Annual report on the health of the army in India
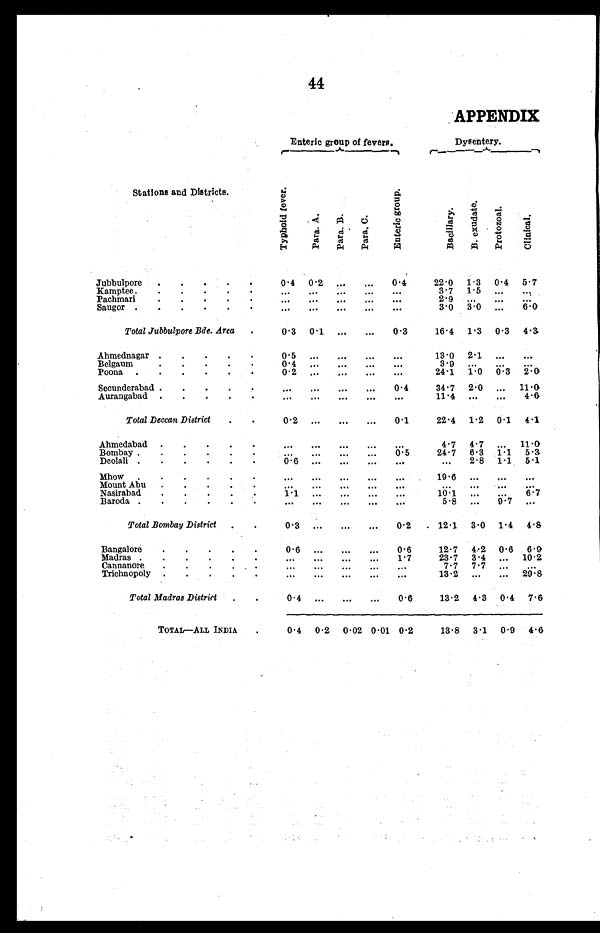
44
APPENDIX
Enteric group of fevers.
Dysentery.
Stations and Districts.
T y p h o i d f e v e r
Par a. A. Par a. B. P a r a . C.
E n t e r i c g r o u p .
Ba c i l l a r y .
B . e x u d a t e .
P r o t o z o a l .
Cl i n i c a l .
Jubbulpore . . . . .
0.4 0.2 ... ...
0.4
22.0 1.3 0.4 5.7
Kamptee.
. . . . .
... ... ... ...
...
3.7 1.5 ... ...
Pachmari
. . . . .
... ... ... ... ...
2 . 9
... ... ...
Saugor . . . . . .
... ... ... ... ...
3.0 3.0 ... 6.0
Total Jubbulpore Bde. Area .
0.3 0.1 ... ... 0.3
16.4 1.3 0.3 4.3
Ahmednagar . . . . .
0.5 ... ... ... ...
13.0 2.1 ... ...
Belgaum
0 . 4
... ...
...
...
3.9 ... ... ...
Poona . . . . .
0 . 2
... ...
...
...
24.1 1.0 0.3 2.0
Secunderabad . . .
... ... ... ...
0.4
34.7 2.0 ... 11.0
Aurangabad . . .
... ... ... ... ...
1 1 . 4 ... ...
4 . 6
Total Deccan District
. .
0.2 ... ... ...
0.1
22.4 1.2 0.1 4.1
Ahmedabad . . . .
... ... ... ... ...
4.7 4.7 ... 11.0
Bombay . . . . .
...
... ...
...
0 . 5 24.7 6.3 1.1 5.3
Deolali . . . . . .
0 . 6
... ...
...
...
...
2.8 1.1 5.1
Mhow. . . . .
...
... ... ... ...
1 9 6
... ... ...
Mount Abu . . . . .
...
... ...
...
... ...
... ... ...
Nasirabad
. . . .
1 . 1 ... ...
...
...
10.1 ... ...
6.7
Baroda . . . . .
... ... ... ... ...
5 . 8 ... 9.7 ...
Total Bombay District
. .
0.3 ... ... ... 0.2
12.1 3.0 1.4
4 . 8
Bangalore
. . . . .
0.6 ... ... ...
0.6
12.7 4.2 0.6 6.9
Madras . . . . .
... ... ... ...
1.7
23.7 3.4 ... 10.2
Cannanore.
. . . .
... ... ... ... ...
7.7 7.7 ... ...
Trichnopoly . . .. .
... ... ... ... ...
13.2 ... ... 29.8
Total Madras District
. .
0.4 ... ... ...
0.6
13.2 4.3 0.4 7.6
TOTAL-ALL INDIA
0.4 0.2 0.02 0.01 0.2
13.8 3.1 0.9 4.6